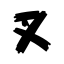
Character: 叉